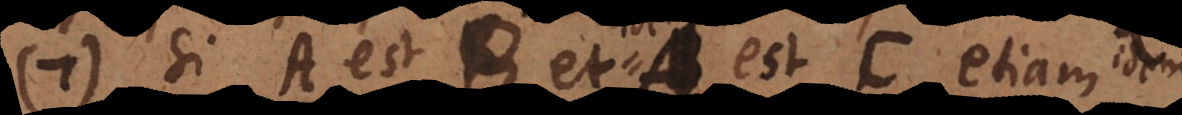
7) Si A est B A est C etiam idem